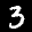
Label: 3